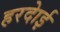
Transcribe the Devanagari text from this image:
हरदाेई